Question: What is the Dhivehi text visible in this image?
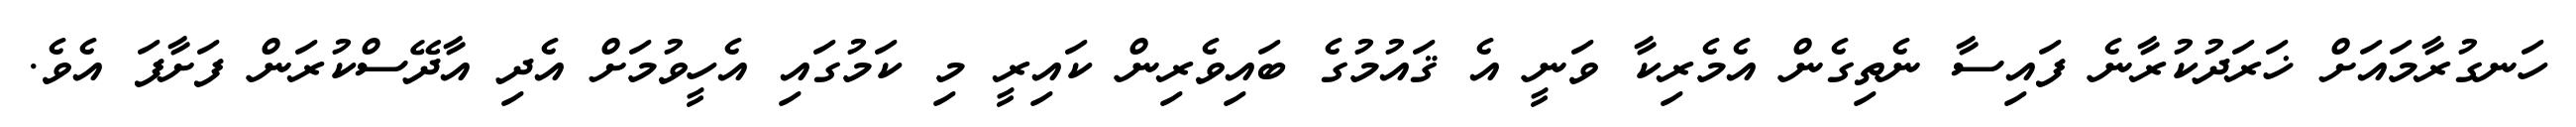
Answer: ހަނގުރާމައަށް ޚަރަދުކުރާނެ ފައިސާ ނެތިގެން އެމެރިކާ ވަނީ އެ ޤައުމުގެ ބައިވެރިން ކައިރީ މި ކަމުގައި އެހީވުމަށް އެދި އާދޭސްކުރަން ފަށާފަ އެވެ.